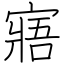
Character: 寤